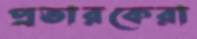
প্রতারকেরা